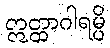
ဣတ္ထာဂါရမ္ပိ